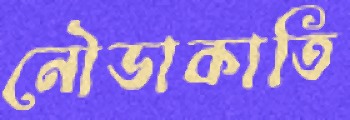
নৌডাকাতি